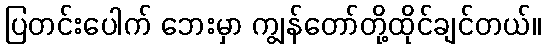
ပြတင်းပေါက် ဘေးမှာ ကျွန်တော်တို့ထိုင်ချင်တယ်။